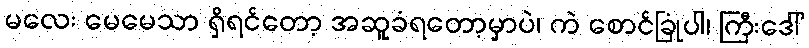
မလေး မေမေသာ ရှိရင်တော့ အဆူခံရတော့မှာပဲ၊ ကဲ စောင်ခြုံပါ၊ ကြီးဒေါ်